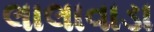
લાલાવાડા